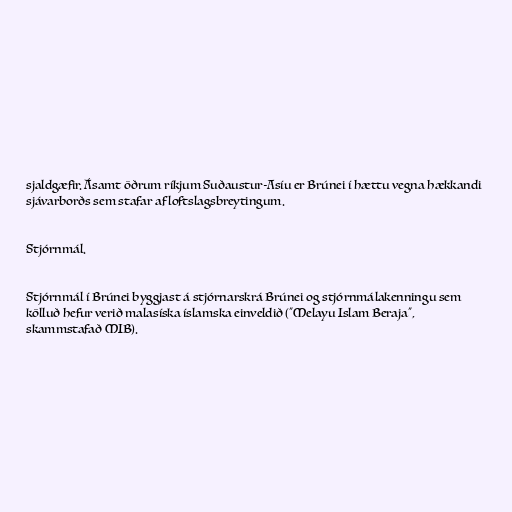
sjaldgæfir. Ásamt öðrum ríkjum Suðaustur-Asíu er Brúnei í hættu vegna hækkandi
sjávarborðs sem stafar af loftslagsbreytingum.

Stjórnmál.

Stjórnmál í Brúnei byggjast á stjórnarskrá Brúnei og stjórnmálakenningu sem
kölluð hefur verið malasíska íslamska einveldið ("Melayu Islam Beraja",
skammstafað MIB).